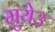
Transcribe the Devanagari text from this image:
मुयेउ